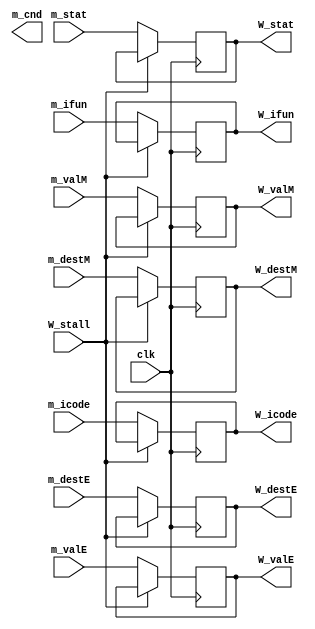
module w_reg(

input clk, W_stall,
input [3:0] m_stat, m_icode, m_ifun, m_destE, m_destM,
input [63:0] m_valE, m_valM,

output reg m_cnd,
output reg [3:0] W_stat, W_icode, W_ifun, W_destE, W_destM,
output reg [63:0] W_valE, W_valM
);

always @(posedge clk)
    begin
        if(W_stall == 0)
        begin
            W_stat = m_stat;
            W_icode = m_icode;
            W_ifun = m_ifun;
            W_valE = m_valE;
            W_valM = m_valM;
            W_destE = m_destE; 
            W_destM = m_destM;
        end
    end
endmodule